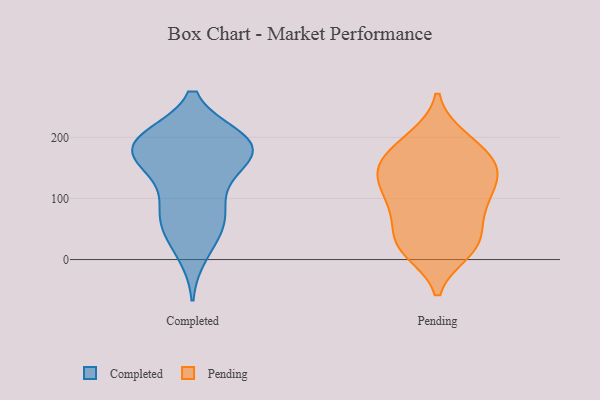
{"axis": {"x": "Market Share (%)", "y": "Value"}, "legend": ["Completed", "Pending"], "data": [{"x": "", "y": 83, "type": "Completed"}, {"x": "", "y": 190, "type": "Completed"}, {"x": "", "y": 10, "type": "Completed"}, {"x": "", "y": 185, "type": "Completed"}, {"x": "", "y": 194, "type": "Completed"}, {"x": "", "y": 73, "type": "Completed"}, {"x": "", "y": 58, "type": "Completed"}, {"x": "", "y": 143, "type": "Completed"}, {"x": "", "y": 186, "type": "Completed"}, {"x": "", "y": 146, "type": "Completed"}, {"x": "", "y": 36, "type": "Completed"}, {"x": "", "y": 198, "type": "Completed"}, {"x": "", "y": 188, "type": "Completed"}, {"x": "", "y": 152, "type": "Completed"}, {"x": "", "y": 198, "type": "Completed"}, {"x": "", "y": 176, "type": "Completed"}, {"x": "", "y": 80, "type": "Completed"}, {"x": "", "y": 24, "type": "Pending"}, {"x": "", "y": 21, "type": "Pending"}, {"x": "", "y": 150, "type": "Pending"}, {"x": "", "y": 111, "type": "Pending"}, {"x": "", "y": 102, "type": "Pending"}, {"x": "", "y": 80, "type": "Pending"}, {"x": "", "y": 61, "type": "Pending"}, {"x": "", "y": 145, "type": "Pending"}, {"x": "", "y": 84, "type": "Pending"}, {"x": "", "y": 197, "type": "Pending"}, {"x": "", "y": 20, "type": "Pending"}, {"x": "", "y": 199, "type": "Pending"}, {"x": "", "y": 143, "type": "Pending"}, {"x": "", "y": 32, "type": "Pending"}, {"x": "", "y": 147, "type": "Pending"}, {"x": "", "y": 184, "type": "Pending"}, {"x": "", "y": 14, "type": "Pending"}, {"x": "", "y": 148, "type": "Pending"}, {"x": "", "y": 165, "type": "Pending"}, {"x": "", "y": 109, "type": "Pending"}]}